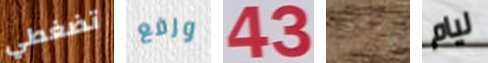
تضغطي ورفع 43 لأبقى ليام